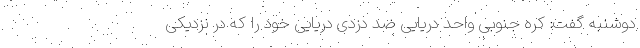
دوشنبه گفت: کره جنوبی واحد دریایی ضد دزدی دریایی خود را که در نزدیکی